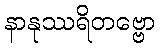
နာနုဿရိတဗ္ဗော